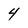
Character: 4